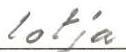
lotja